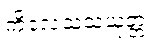
ကိလေသသံယုတ္တံ